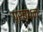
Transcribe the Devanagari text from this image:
प्रंब्धन